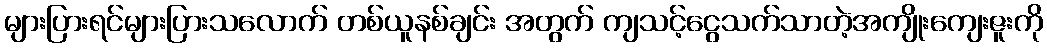
များပြားရင်များပြားသလောက် တစ်ယူနစ်ချင်း အတွက် ကျသင့်ငွေသက်သာတဲ့အကျိုးကျေးဇူးကို